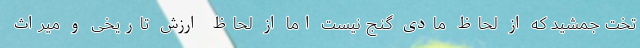
تخت جمشید که از لحاظ مادی گنج نیست اما از لحاظ ارزش تاریخی و میراث